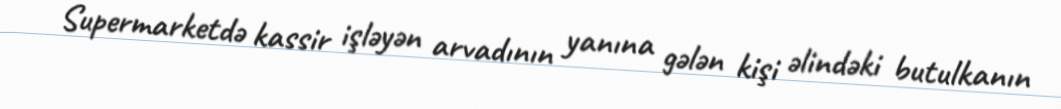
Supermarketdə kassir işləyən arvadının yanına gələn kişi əlindəki butulkanın